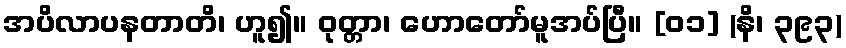
အပိလာပနတာတိ၊ ဟူ၍။ ဝုတ္တာ၊ ဟောတော်မူအပ်ပြီ။ [၀၁] (နိ၊ ၃၉၃)